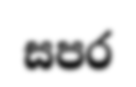
සපර